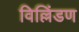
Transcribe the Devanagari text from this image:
विल्लिंडण